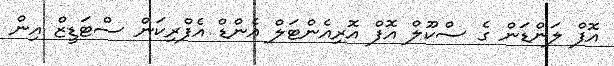
އޮފް ލަންޑަން ގެ ސްކޫލް އޮފް އޮރިއެންޓަލް އެންޑް އެފްރިކަން ސްޓަޑީޒް އިން